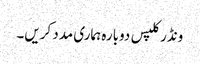
ونڈر کلپس دوبارہ ہماری مدد کریں۔